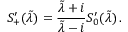
S _ { + } ^ { \prime } ( \tilde { \lambda } ) = { \frac { \tilde { \lambda } + i } { \tilde { \lambda } - i } } S _ { 0 } ^ { \prime } ( \tilde { \lambda } ) \, .